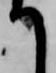
て